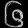
Digit: ၆